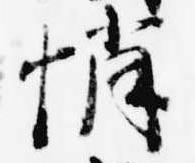
悄